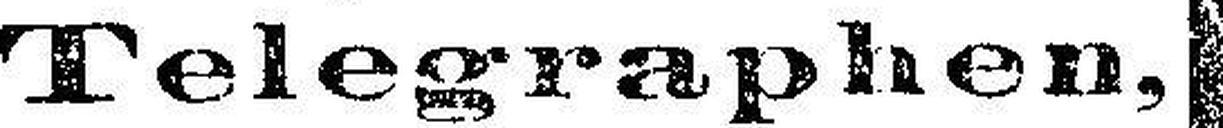
Telegraphen,